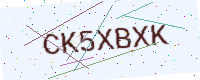
Text: CK5XBXK